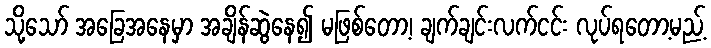
သို့သော် အခြေအနေမှာ အချိန်ဆွဲနေ၍ မဖြစ်တော့၊ ချက်ချင်းလက်ငင်း လုပ်ရတော့မည့်